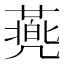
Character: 𠙯